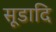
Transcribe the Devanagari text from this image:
सूडादि